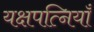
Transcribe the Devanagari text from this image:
यक्षपत्नियाँ